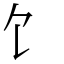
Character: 饣